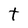
Character: t